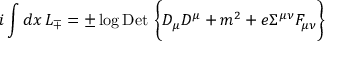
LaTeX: i \int d x \, { \cal L } _ { \mp } = \pm \log \mathrm { D e t \ } \biggl \{ D _ { \mu } D ^ { \mu } + m ^ { 2 } + e \Sigma ^ { \mu \nu } F _ { \mu \nu } \biggr \}